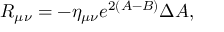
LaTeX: R _ { \mu \nu } = - \eta _ { \mu \nu } e ^ { 2 ( A - B ) } \Delta A ,